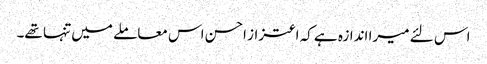
اس لئے میرا اندازہ ہے کہ اعتزاز احسن اس معاملے میں تنہا تھے۔